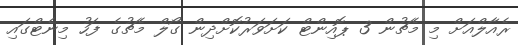
ރެއާލްއަށް މި މެޗުން 3 ޕޮއިންޓް ކަށަވަރުކޮށްދިން ގޯލް މެޗުގެ ފަހު މިނެޓްގައި